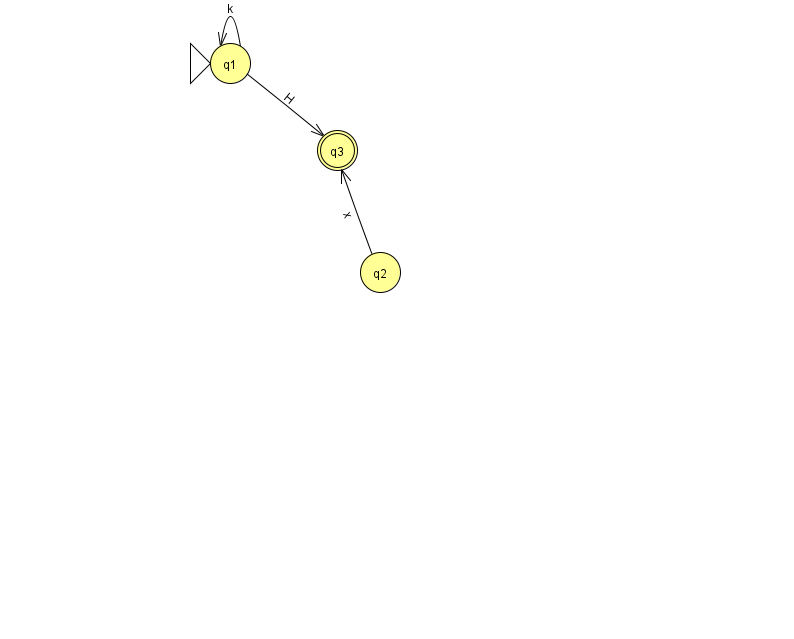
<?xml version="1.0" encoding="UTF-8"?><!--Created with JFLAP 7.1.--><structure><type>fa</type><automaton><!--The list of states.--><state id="1" name="q1"><x>230.0</x><y>50.0</y><initial/></state><state id="2" name="q2"><x>380.0</x><y>259.0</y></state><state id="3" name="q3"><x>337.0</x><y>137.0</y><final/></state><!--The list of transitions.--><transition><from>2</from><to>3</to><read>x</read></transition><transition><from>1</from><to>3</to><read>H</read></transition><transition><from>1</from><to>1</to><read>k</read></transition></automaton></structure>